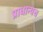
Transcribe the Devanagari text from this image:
प्राधान्यच